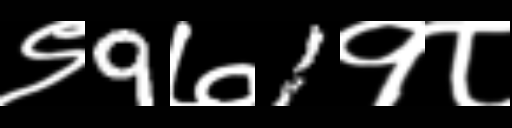
Text: ९9७1१८